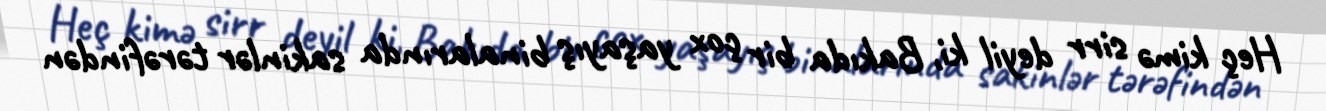
Heç kimə sirr deyil ki, Bakıda bir çox yaşayış binalarında sakinlər tərəfindən